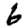
Digit: 6